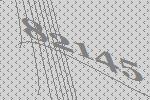
82145